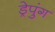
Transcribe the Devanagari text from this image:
ड्रेपुंग